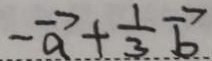
- a + \frac { 1 } { 3 } b